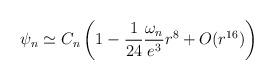
LaTeX: \begin{align*}\psi_n\simeq C_n\left(1-\frac{1}{24}\frac{\omega_n}{e^3}r^8 + O(r^{16})\right)\end{align*}